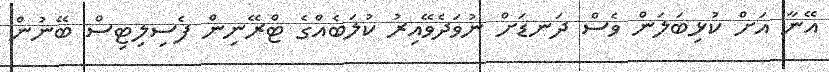
އޭނާ އަށް ކުޅިބަލަން ވެސް ދަނޑަށް ނުވަދެވޭއިރު ކުލަބެއްގެ ޓްރޭނިން ފެސިލިޓިސް ބޭނުން